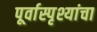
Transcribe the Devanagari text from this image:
पूर्वास्पृश्यांचा